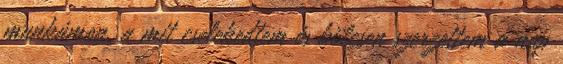
munkámon, a mit cselekedtem és bölcsen szerzettem a nap